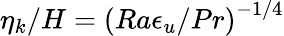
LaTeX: \eta_{k}/H=\left(Ra\epsilon_{u}/Pr\right)^{-1/4}